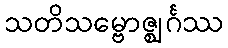
သတိသမ္ဗောဇ္ဈင်္ဂဿ